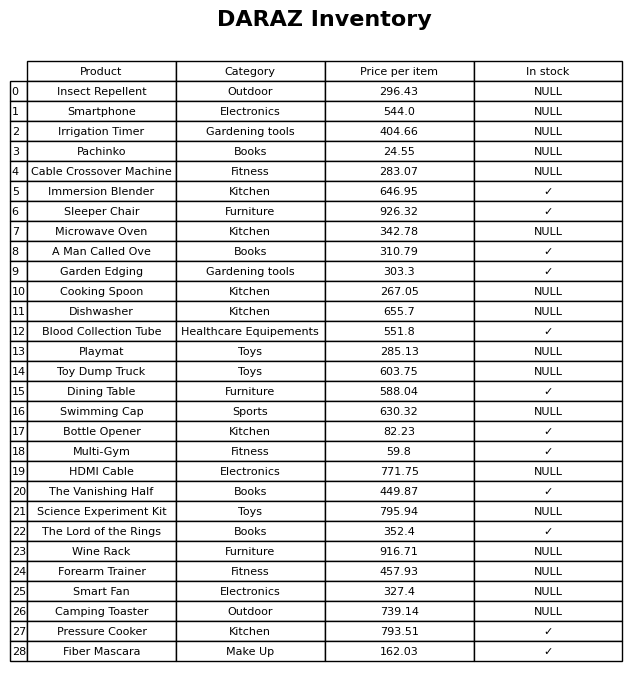
question: What is the price of the Multi-Gym?
answer: The price of Multi-Gym is 59.8.